Insane asylums in Bengal annual reports 1867-1875 - 1867-1875
Year: 1867
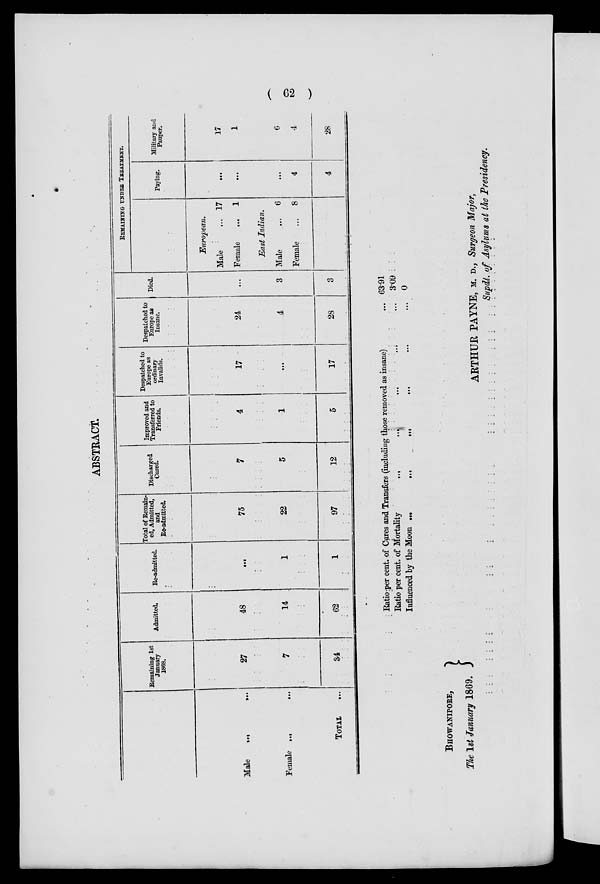
( 62 )
ABSTRACT.
Male
...
...
Female ...
...
TOTAL ...
Remaining 1st
January
1868.
27
7
34
Admitted.
48
14
62
Re-admitted.
...
1
1
Total of Remain-
ed, Admitted,
and
Re-admitted.
75
22
97
Discharged
Cured.
7
5
12
Improved and
Transferred to
Friends.
4
1
5
Despatched to
Europe as
ordinary
Invalids.
17
...
17
Despatched to
Europe as
Insane.
24
4
28
Died.
...
3
3
REMAINING UNDER TREATMENT.
European.
Male
Female
...
...
17
1
East Indian.
Male
Female
...
...
6
8
Paying.
...
...
...
4
4
Military and
Pauper.
17
1
6
4
28
Ratio per cent. of Cures and Transfers (including those removed as insane) ...
Ratio per cent. of Mortality ... ... ... ... ...
Influenced by the Moon ... ... ... ... ... ...
63.91
3.09
0
BHOWANIPORE,
The 1st January 1869.
ARTHUR PAYNE, M. D., Surgeon Major,
Supdt. of Asylums at the Presidency.